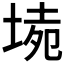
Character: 𡍡